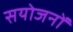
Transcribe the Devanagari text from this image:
सयोजनों